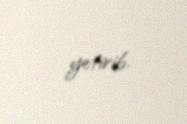
yetirib.